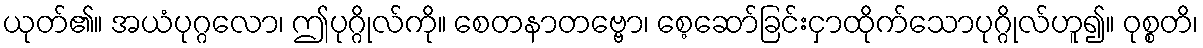
ယုတ်၏။ အယံပုဂ္ဂလော၊ ဤပုဂ္ဂိုလ်ကို။ စေတနာတဗ္ဗော၊ စေ့ဆော်ခြင်းငှာထိုက်သောပုဂ္ဂိုလ်ဟူ၍။ ဝုစ္စတိ၊